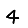
Digit: 4